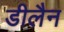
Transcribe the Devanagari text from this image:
डीलैन